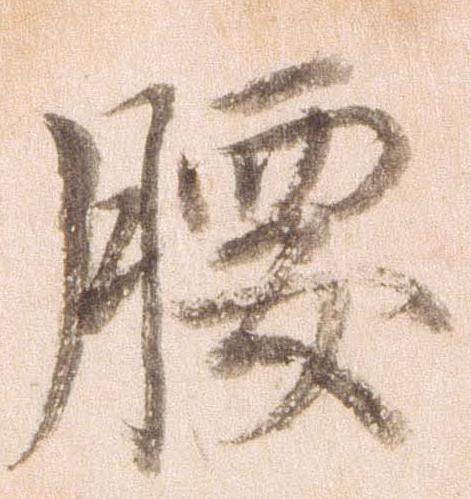
腰